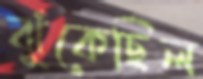
ঝুঁকেছিল